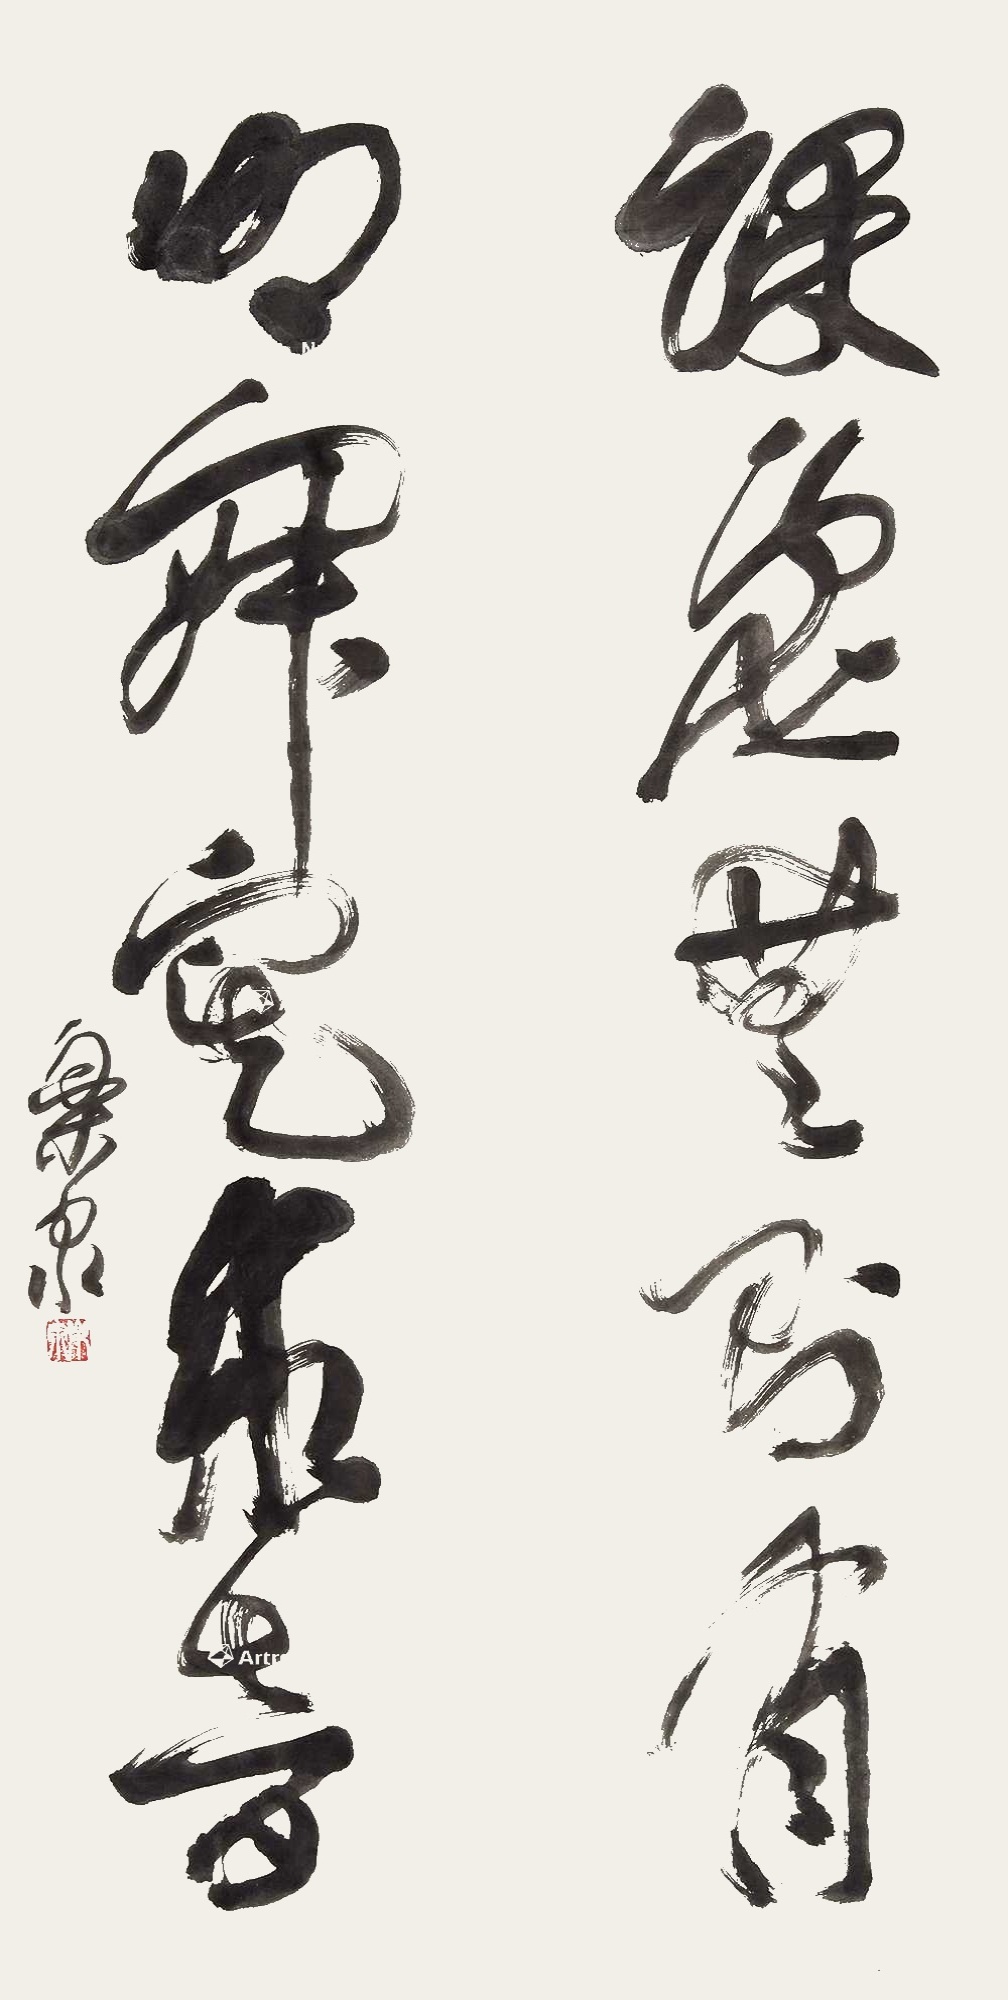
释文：课虚无即有，叩寂寞求音。乐泉。